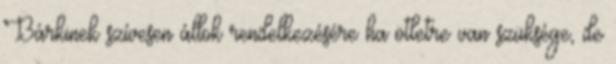
Bárkinek szívesen állok rendelkezésére ha ötletre van szüksége, de